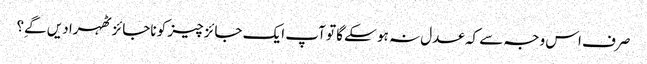
صرف اس وجہ سے کہ عدل نہ ہو سکے گا تو آپ ایک جائز چیز کو ناجائز ٹھہرا دیں گےِ؟